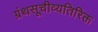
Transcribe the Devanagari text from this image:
ग्रंथसूचीव्यतिरिक्त